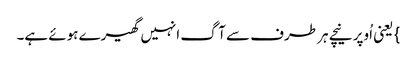
} یعنی اُوپر نیچے ہر طرف سے آگ انہیں گھیرے ہوئے ہے۔